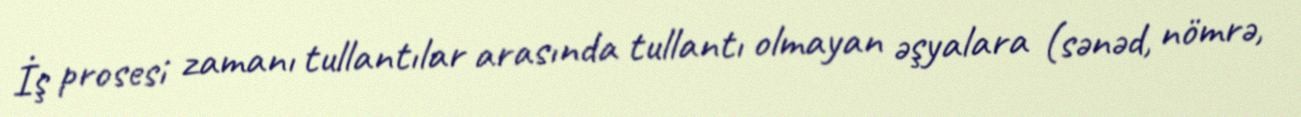
İş prosesi zamanı tullantılar arasında tullantı olmayan əşyalara (sənəd, nömrə,